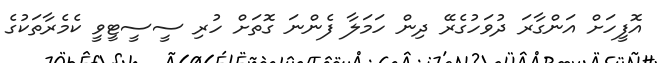
އޮފީހަށް އަންގާރަ ދުވަހުގެރޭ ދިން ހަމަލާ ފެންނަ ގޮތަށް ހުރި ސީސީޓީވީ ކެމެރާތަކުގެ